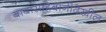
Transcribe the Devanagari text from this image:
बाबासाहेबांनीदेखील